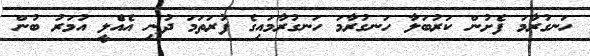
ހަނގުރާމަ ފެށުން ކަރުބަލާ ހަނގުރާމަ ހަނގުރާމައިގެ ފުރަތަމަ ދުނި އެއެްލީ އުމަރު ބުން